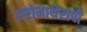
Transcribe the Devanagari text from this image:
अरोमाथेरापी